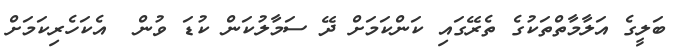
ބަލީގެ އަލާމާތްތަކުގެ ތެރޭގައި ކަންކަމަށް ދޭ ސަމާލުކަން ކުޑަ ވުން  އެކަހެރިކަމަށް